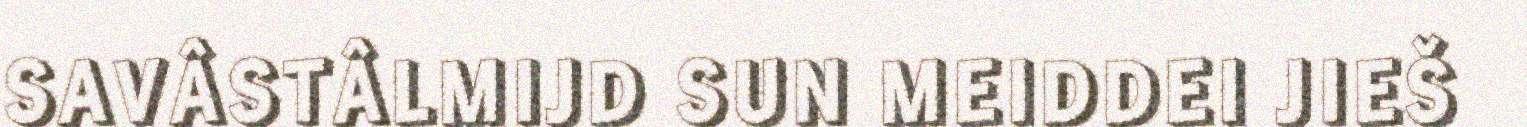
SAVÂSTÂLMIJD SUN MEIDDEI JIEŠ